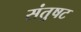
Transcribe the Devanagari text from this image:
संतुषट